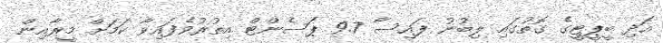
އަދި ބީޕީޓީގެ ގޮތުގައި ލިބުނު ފައިސާ 9.7 ޕަސެންޓް އިތުރުވެފައިވާ ކަމަށް މީރާއިން